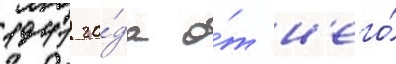
1941 го́да о́т н'его́